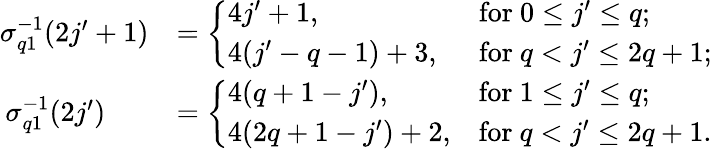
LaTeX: \begin{array}{rl}{\sigma_{q1}^{-1}(2j^{\prime}+1)}&{=\left\{ \begin{array}{ll}{4j^{\prime}+1,}&{\mathrm{for~}0\leq j^{\prime}\leq q;}\\ {4(j^{\prime}-q-1)+3,\phantom{i}}&{\mathrm{for~}q<j^{\prime}\leq 2q+1;}\end{array}\right.}\\ {\sigma_{q1}^{-1}(2j^{\prime})\quad\ \; }&{=\left\{ \begin{array}{ll}{4(q+1-j^{\prime}),}&{\mathrm{for~}1\leq j^{\prime}\leq q;}\\ {4(2q+1-j^{\prime})+2,}&{\mathrm{for~}q<j^{\prime}\leq 2q+1.}\end{array}\right.}\end{array}